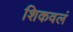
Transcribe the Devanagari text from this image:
शिकवलं